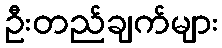
ဦးတည်ချက်များ